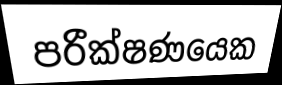
පරීක්ෂණයෙක